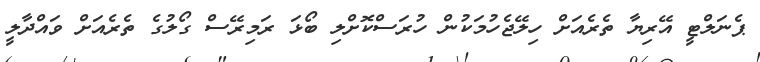
ޕެނަލްޓީ އޭރިޔާ ތެރެއަށް ހިލޭޖެހުމަކުން ހުރަސްކޮށްލި ބޯޅަ ރަމިރޭސް ގޯލުގެ ތެރެއަށް ވައްދާލީ